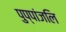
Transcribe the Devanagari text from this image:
पुप्पांजलि